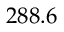
2 8 8 . 6